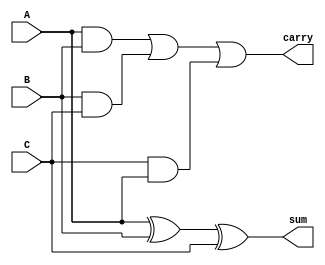
module FA(A,B,C,sum, carry);
	input A,B,C;
	output sum,carry;
	
	assign sum = A^B^C;
	assign carry = (A&B) | (B&C) | (C&A);
	
endmodule